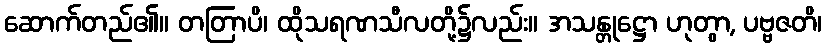
ဆောက်တည်၏။ တတြာပိ၊ ထိုသရဏသီလတို့၌လည်း။ အသန္တုဋ္ဌော ဟုတွာ, ပဗ္ဗဇတိ၊